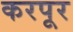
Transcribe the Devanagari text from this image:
करपूर